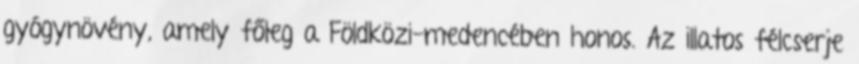
gyógynövény, amely főleg a Földközi-medencében honos. Az illatos félcserje